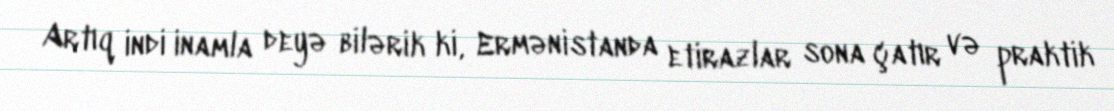
Artıq indi inamla deyə bilərik ki, Ermənistanda etirazlar sona çatır və praktik